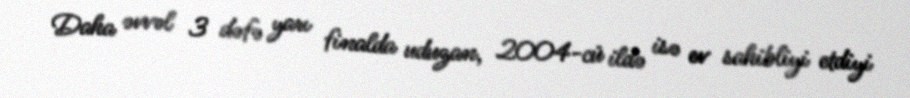
Daha əvvəl 3 dəfə yarı finalda uduzan, 2004-cü ildə isə ev sahibliyi etdiyi